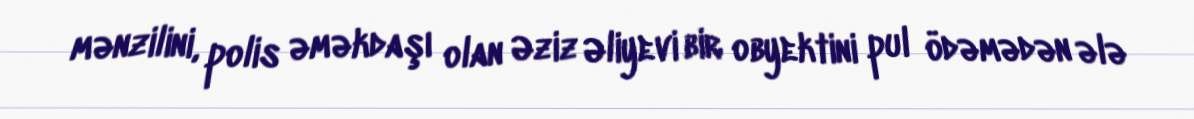
mənzilini, polis əməkdaşı olan Əziz Əliyevi bir obyektini pul ödəmədən ələ